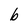
Character: b